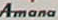
Amana